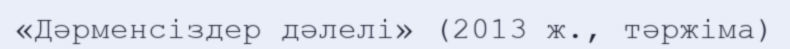
«Дәрменсіздер дәлелі» (2013 ж., тәржіма)